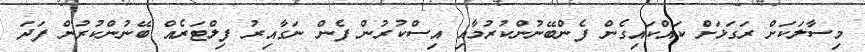
މިސާލަކަށް ރަގަޅަށް ކައްކައިގެން ފެންބޭނުންކުރުމާއި އިސްކުރުން ފެން ނަގާއިރު ފިލްޓަރެއް ބޭނުންކުރުން ފަދަ